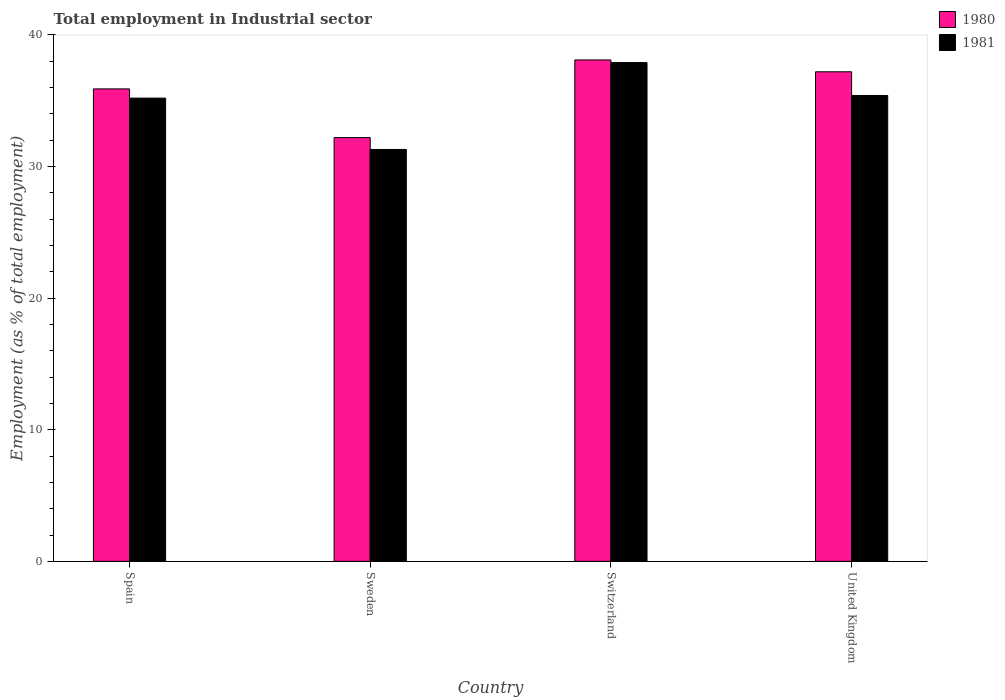
| Country | 1980 | 1981 |
 | --- | --- | --- |
 | Spain | 35.9 | 35.2 |
 | Sweden | 32.2 | 31.3 |
 | Switzerland | 38.1 | 37.9 |
 | United Kingdom | 37.2 | 35.4 |